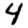
Digit: 4